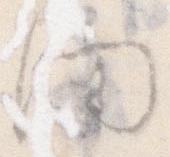
間